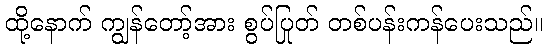
ထို့နောက် ကျွန်တော့်အား စွပ်ပြုတ် တစ်ပန်းကန်ပေးသည်။